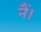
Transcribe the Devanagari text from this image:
नैं।